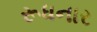
રૂધનાર